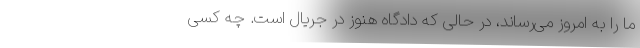
ما را به امروز می‌رساند، در حالی که دادگاه هنوز در جریال است. چه کسی